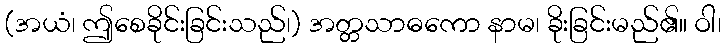
(အယံ၊ ဤစေခိုင်းခြင်းသည်၊) အတ္တသာဓကော နာမ၊ ခိုးခြင်းမည်၏။ ဝါ၊